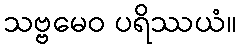
သဗ္ဗမေဝ ပရိဿယံ။